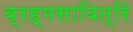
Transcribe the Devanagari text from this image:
ब्रह्मसावित्रि